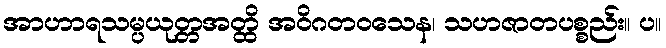
အာဟာရသမ္ပယုတ္တအတ္ထိ အဝိဂတဝသေန၊ သဟဇာတပစ္စည်း။ ပ။